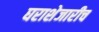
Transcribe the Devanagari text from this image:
घराशेजारीच